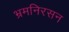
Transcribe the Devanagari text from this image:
भ्रमनिरसन